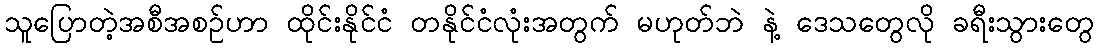
သူပြောတဲ့အစီအစဉ်ဟာ ထိုင်းနိုင်ငံ တနိုင်ငံလုံးအတွက် မဟုတ်ဘဲ နဲ့ ဒေသတွေလို ခရီးသွားတွေ